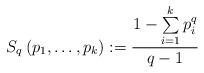
LaTeX: \begin{align*}S_{q}\left( {p_{1},\ldots,p_{k}}\right) :={\frac{{{1-\sum\limits_{i=1}^{k}{p_{i}^{q}}}}}{{q-1}}}\end{align*}